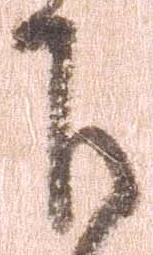
下